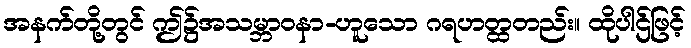
အနက်တို့တွင် ဤ၌အသမ္ဘာဝနာ-ဟူသော ဂရဟတ္ထတည်း။ ထိုပါဌ်ဖြင့်